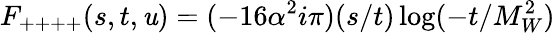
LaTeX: F_{++++}(s,t,\mathit{u})=(-16\alpha^{2}i\pi)(s/t)\log(-t/M_{W}^{2})